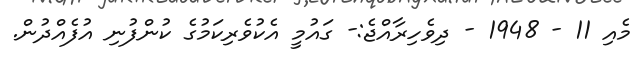
މެއި 11 - 1948 - ދިވެހިރާއްޖެ:- ގައުމީ އެކުވެރިކަމުގެ ކުންފުނި އުފެއްދުން.